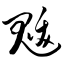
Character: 魃